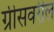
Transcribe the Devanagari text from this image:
ग्रीसवरील